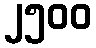
၂၅၀၀